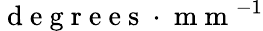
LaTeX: \mathrm{~d~e~g~r~e~e~s~}\cdot\mathrm{~m~m~}^{-1}